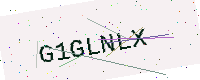
Text: G1GLNLX